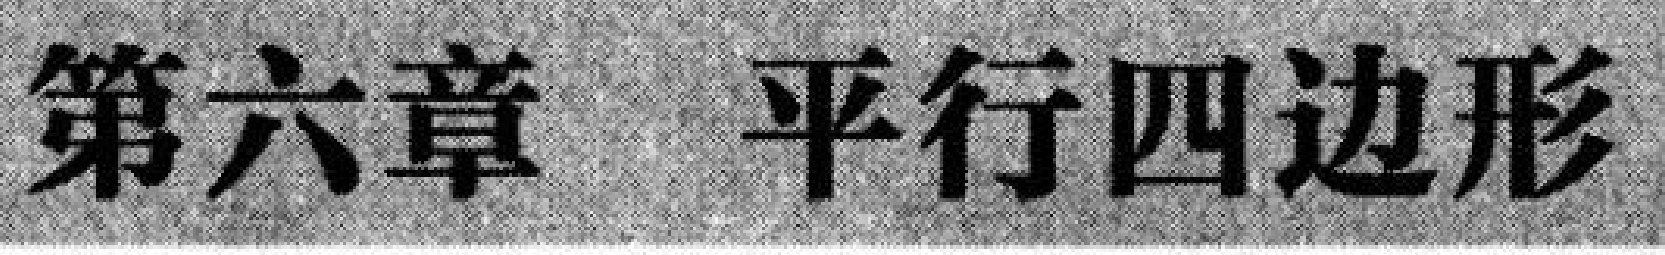
第六章 平行四边形